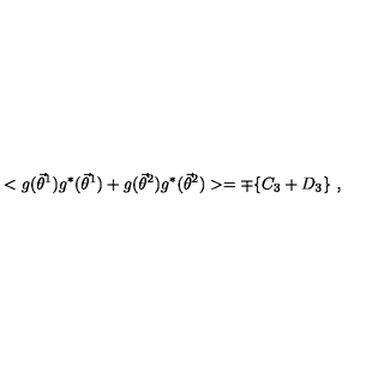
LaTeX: < g ( { \vec { \theta } } ^ { 1 } ) g ^ { * } ( { \vec { \theta } } ^ { 1 } ) + g ( { \vec { \theta } } ^ { 2 } ) g ^ { * } ( { \vec { \theta } } ^ { 2 } ) > = \mp \{ C _ { 3 } + D _ { 3 } \} \ ,